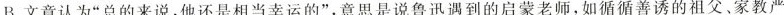
B.文章认为“总的来说,他还是相当幸运的”,意思是说鲁迅遇到的启蒙老师,如循循善诱的祖父、家教严